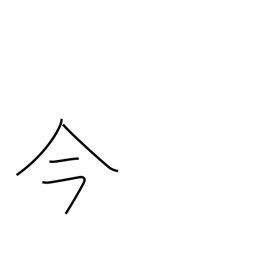
Meaning: now